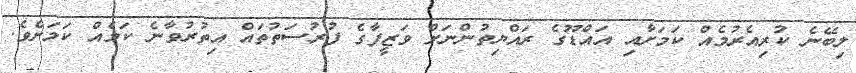
ލިބޭނެ ކުރިއެރުމެއް ކަމަށާއި އައްޑޫގެ ރައްޔިތުންނަށް ވަޒީފާގެ ފުރުސަތުތައް އިތުރުވާނެ ކަމެއް ކަމަށެވެ.